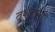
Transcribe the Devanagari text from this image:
तृशुरच्या